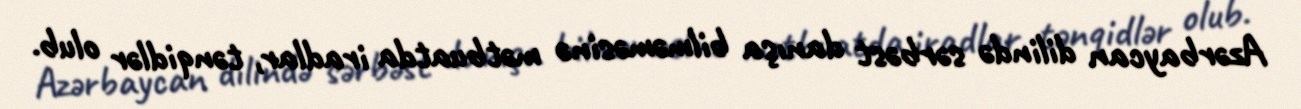
Azərbaycan dilində sərbəst danışa bilməməsinə mətbuatda iradlar, tənqidlər olub.